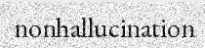
nonhallucination